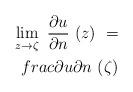
LaTeX: \begin{align*} \lim\limits_{z\to\zeta}\ \frac{\partial u}{\partial n}\ (z)\ =\\frac{\partial u}{\partial n}\ (\zeta)\end{align*}